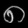
Digit: ၈